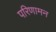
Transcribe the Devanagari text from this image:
परिणामन